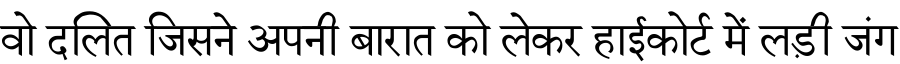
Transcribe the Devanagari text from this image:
वो दलित जिसने अपनी बारात को लेकर हाईकोर्ट में लड़ी जंग